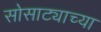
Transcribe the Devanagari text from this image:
सोसाट्याच्या